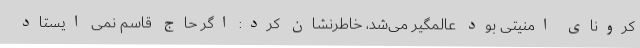
کرونای امنیتی بود عالمگیر می‌شد، خاطرنشان کرد: اگر حاج قاسم نمی ایستاد